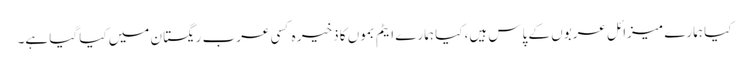
کیا ہمارے میزائل عربوں کے پاس ہیں، کیا ہمارے ایٹم بموں کا ذخیر ہ کسی عرب ریگستان میں کیا گیا ہے۔